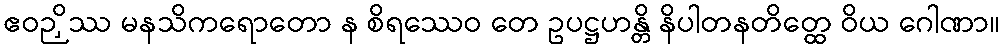
ဧဝဉှိဿ မနသိကရောတော န စိရဿေဝ တေ ဥပဋ္ဌဟန္တိ နိပါတနတိတ္ထေ ဝိယ ဂေါဏာ။